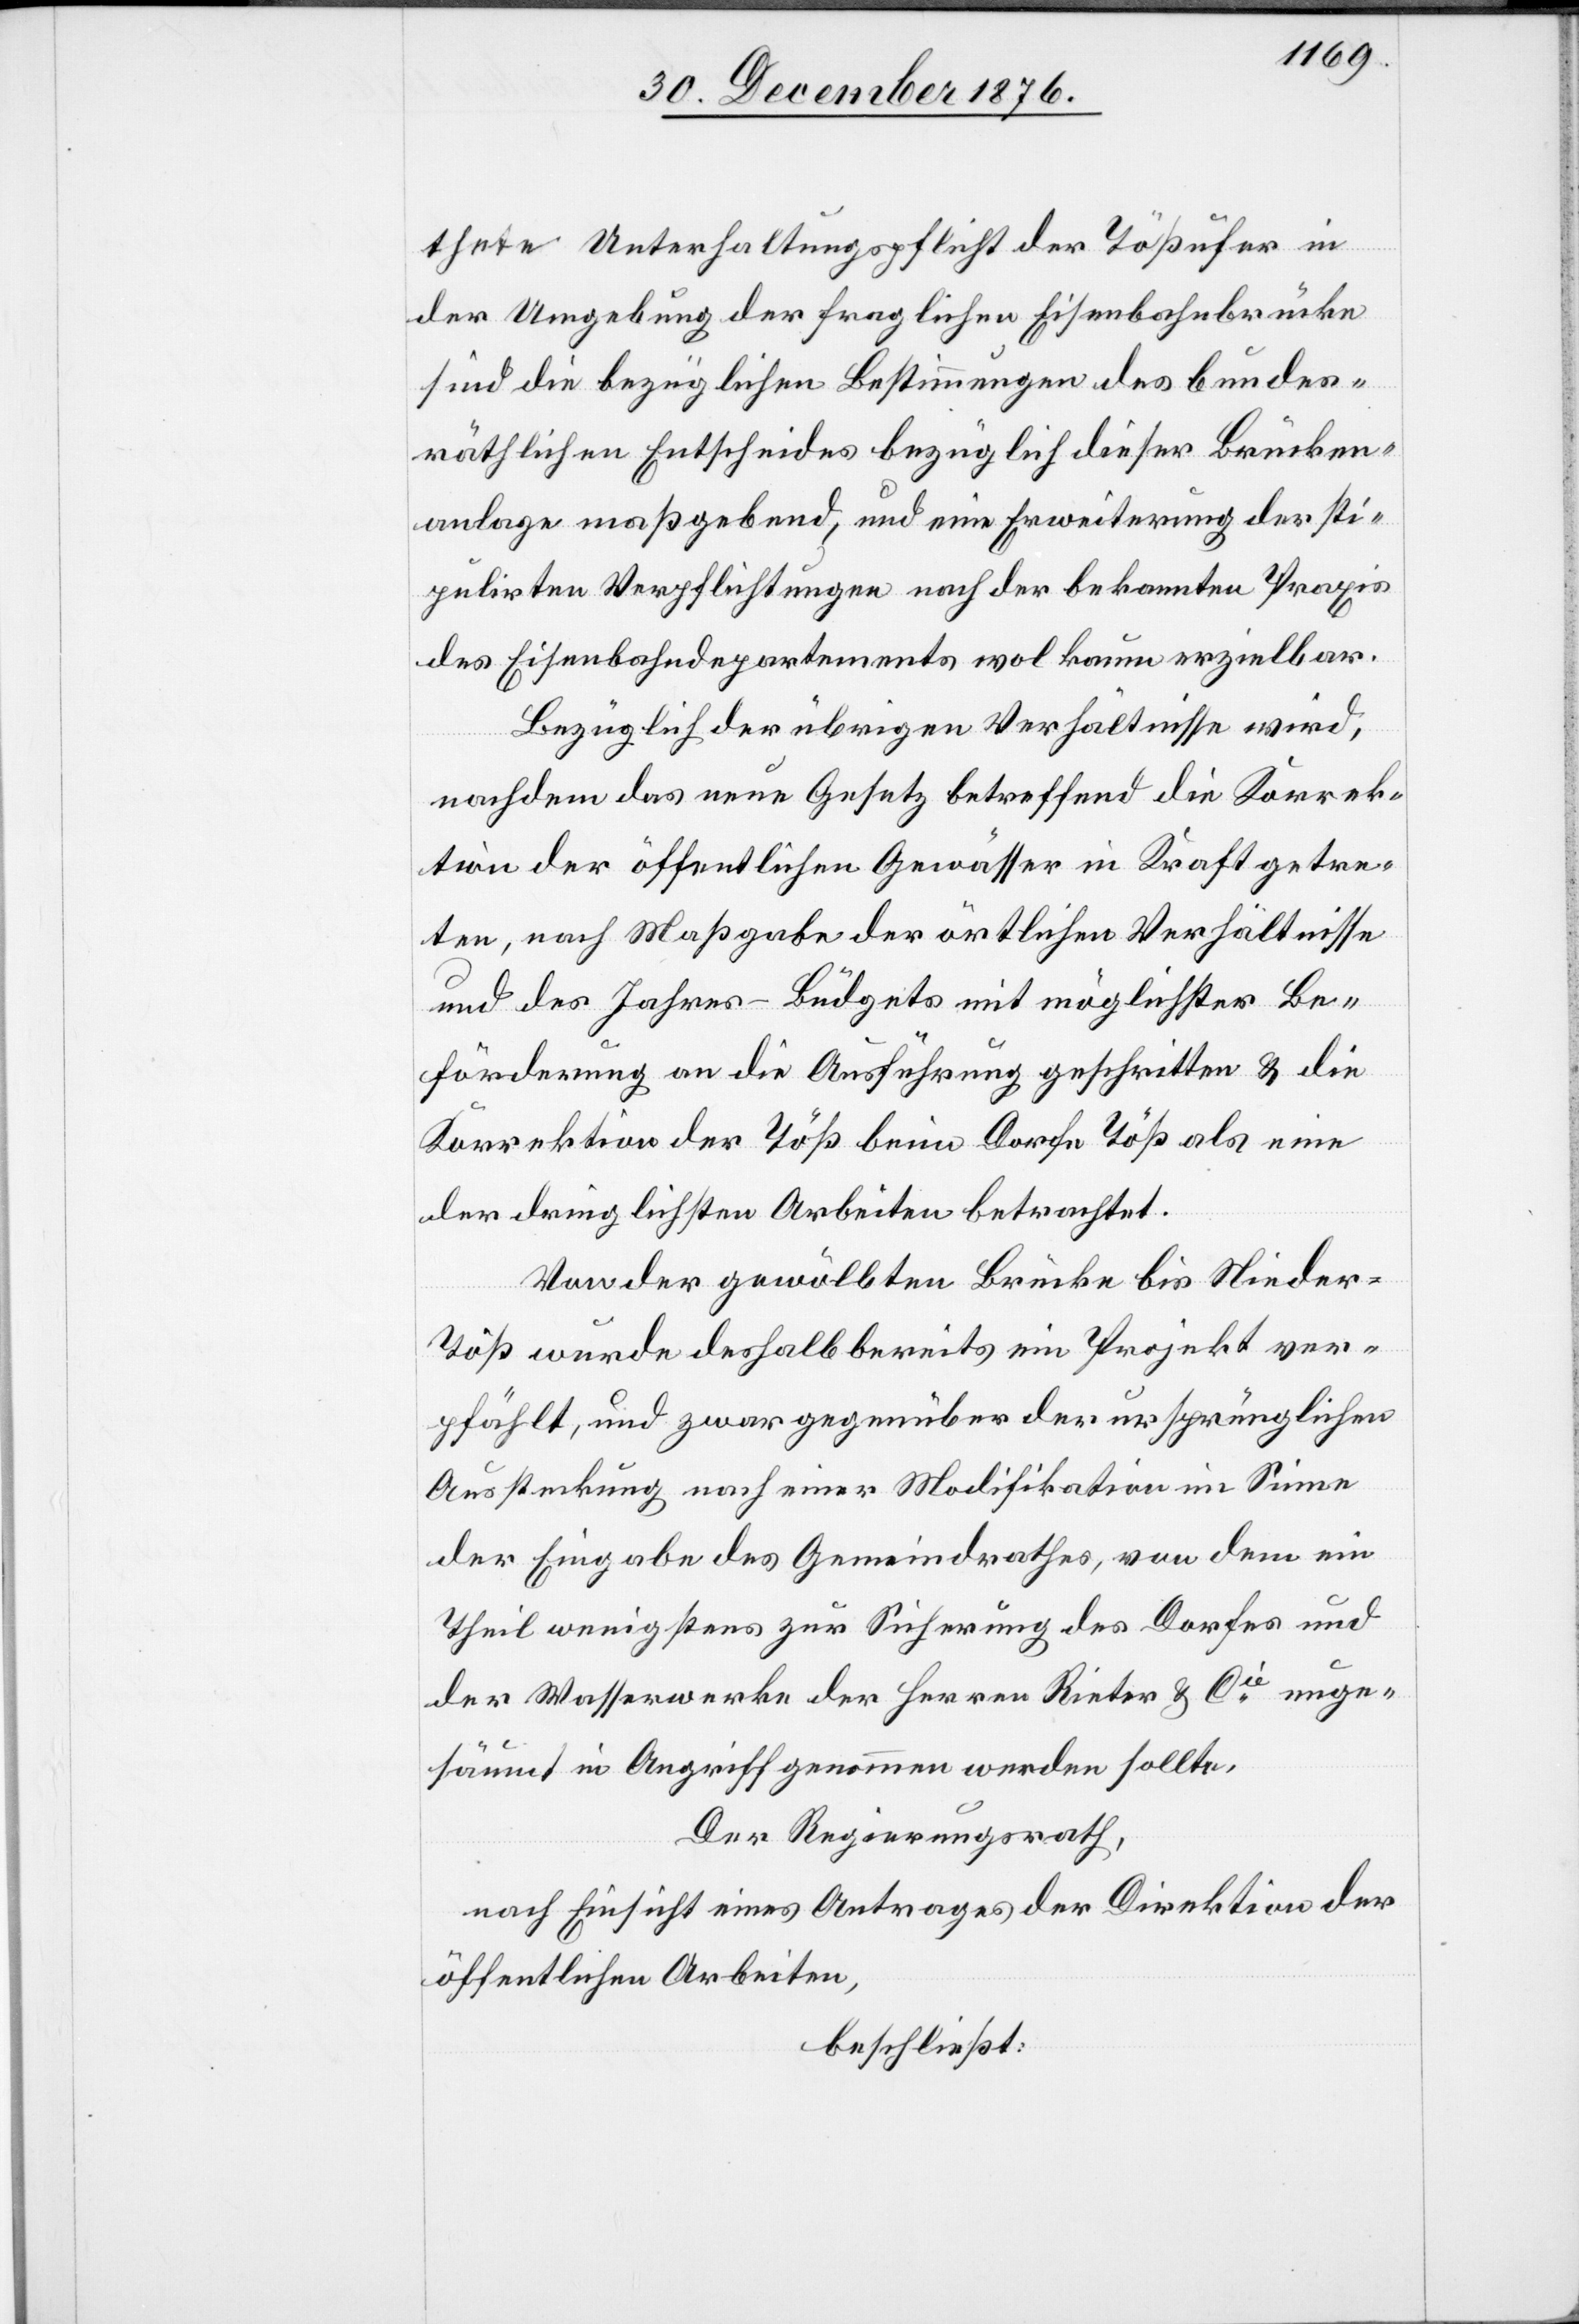
thete Unterhaltungspflicht der Tößufer in
der Umgebung der fraglichen Eisenbahnbrücke
sind die bezüglichen Bestimmungen des bundes¬
räthlichen Entscheides bezüglich dieser Brücken¬
anlage maßgebend, und eine Erweiterung der sti¬
pulirten Verpflichtungen nach der bekannten Praxis
des Eisenbahndepartements wol kaum erzielbar.
Bezüglich der übrigen Verhältnisse wird,
nachdem das neue Gesetz betreffend die Korrek¬
tion der öffentlichen Gewässer in Kraft getre¬
ten, nach Maßgabe der örtlichen Verhältnisse
und des Jahres-Büdgets mit möglichster Be¬
förderung an die Ausführung geschritten & die
Korrektion der Töß beim Dorfe Töß als eine
der dringlichsten Arbeiten betrachtet.
Von der gewölbten Brücke bis Nieder-T¬
öß wurde deshalb bereits ein Projekt ver¬
pfählt, und zwar gegenüber der ursprünglichen
Ausstreckung nach einer Modifikation im Sinne
der Eingabe des Gemeindrathes, von dem ein
Theil wenigstens zur Sicherung des Dorfes und
der Wasserwerke der Herren Rieter & Cie unge¬
säumt in Angriff genommen werden sollte.
Der Regierungsrath,
nach Einsicht eines Antrages der Direktion der
öffentlichen Arbeiten,
beschließt: